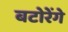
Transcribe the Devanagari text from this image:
बटोरेंगे